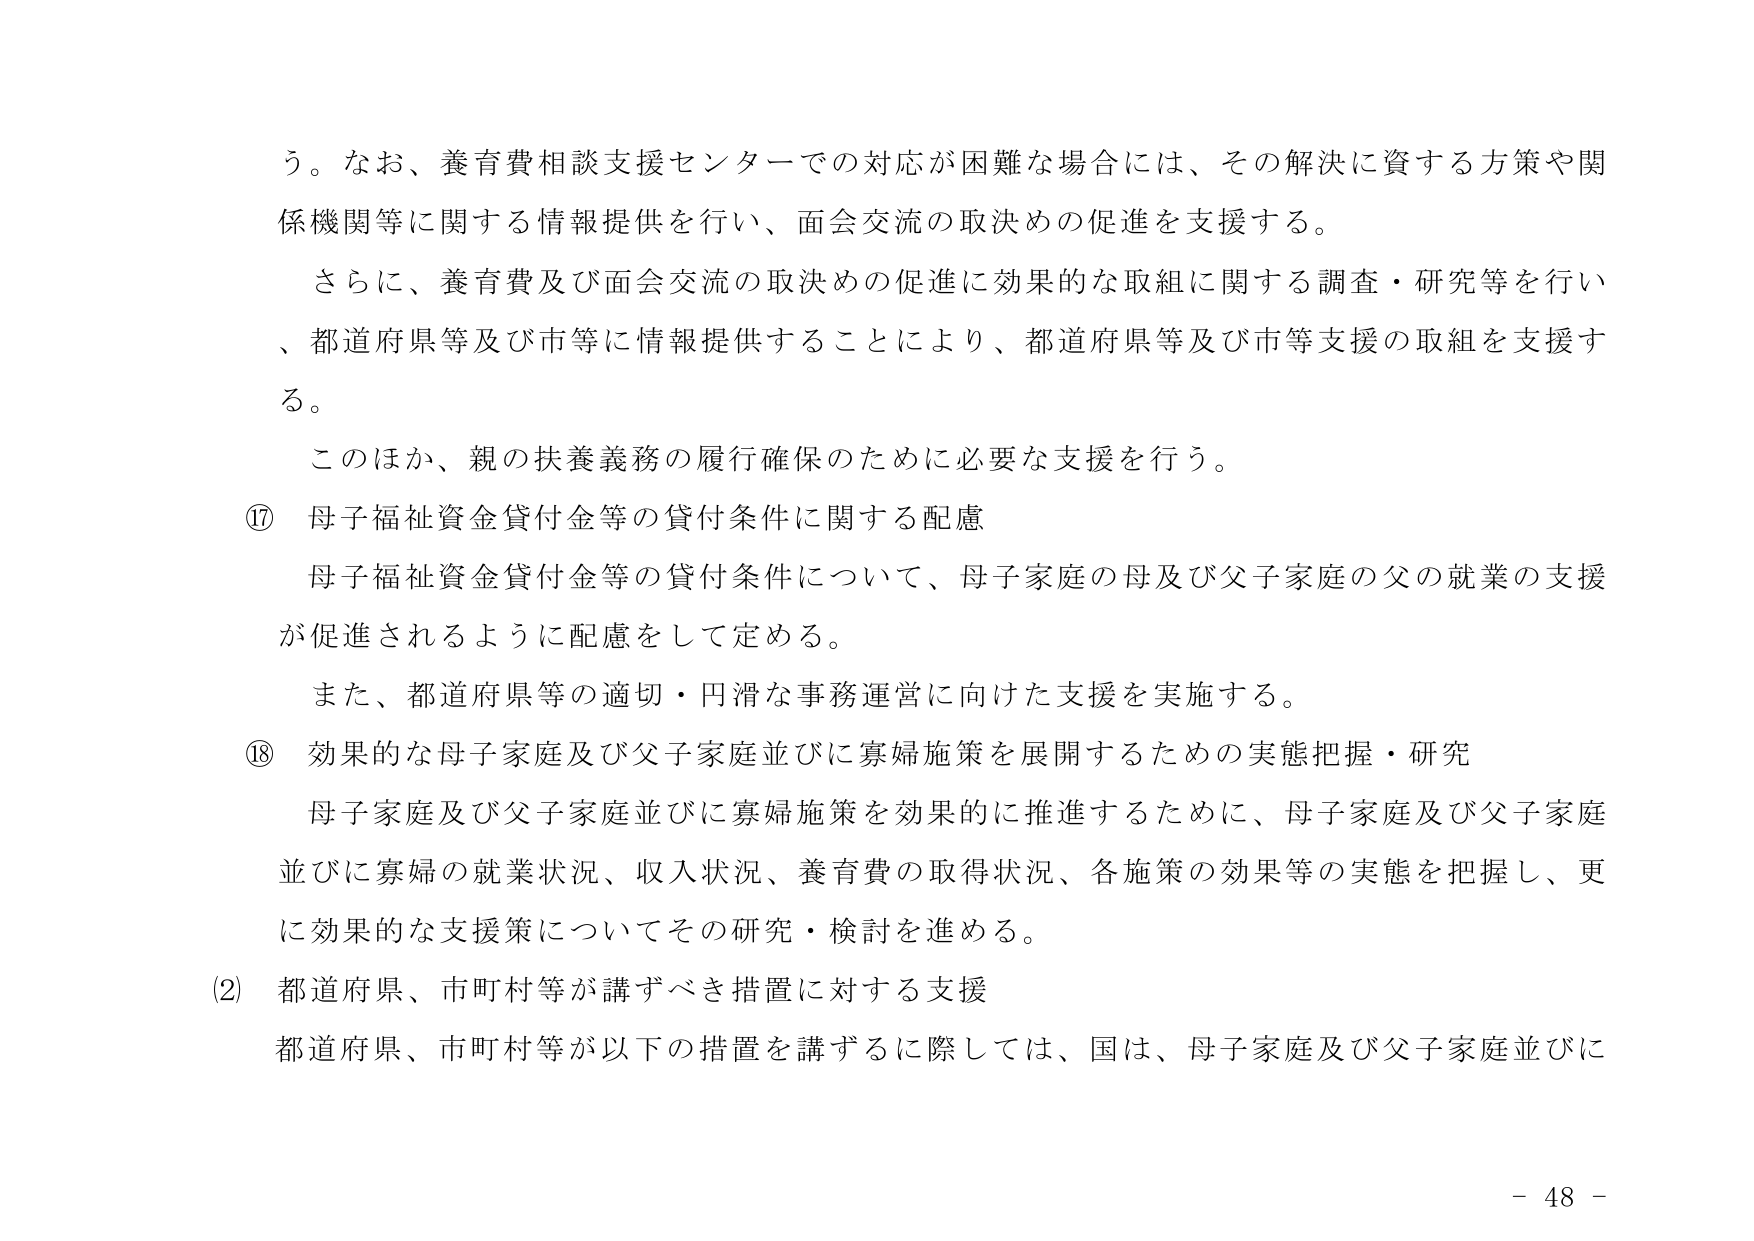
う。なお、養育費相談支援センターでの対応が困難な場合には、その解決に資する方策や関係機関等に関する情報提供を行い、面会交流の取決めの促進を支援する。

さらに、養育費及び面会交流の取決めの促進に効果的な取組に関する調査・研究等を行い、都道府県等及び市等に情報提供することにより、都道府県等及び市等支援の取組を支援する。

このほか、親の扶養義務の履行確保のために必要な支援を行う。

⑰ 母子福祉資金貸付金等の貸付条件に関する配慮

母子福祉資金貸付金等の貸付条件について、母子家庭の母及び父子家庭の父の就業の支援が促進されるように配慮をして定める。

また、都道府県等の適切・円滑な事務運営に向けた支援を実施する。

⑱ 効果的な母子家庭及び父子家庭並びに寡婦施策を展開するための実態把握・研究

母子家庭及び父子家庭並びに寡婦施策を効果的に推進するために、母子家庭及び父子家庭並びに寡婦の就業状況、収入状況、養育費の取得状況、各施策の効果等の実態を把握し、更に効果的な支援策についてその研究・検討を進める。

(2) 都道府県、市町村等が講ずべき措置に対する支援

都道府県、市町村等が以下の措置を講ずるに際しては、国は、母子家庭及び父子家庭並びに

- 48 -